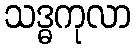
သဒ္ဓကုလာ